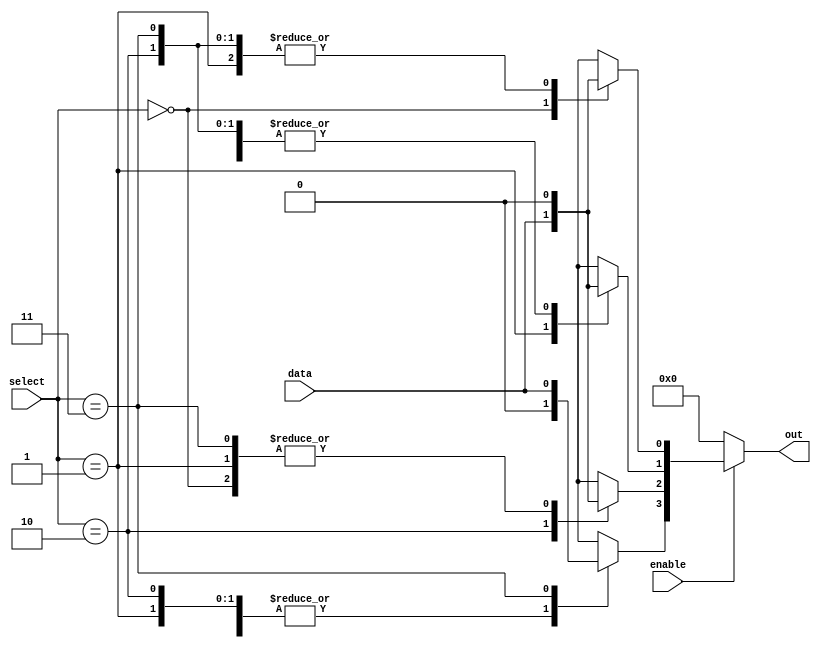
module param_demux #(parameter N = 4) (
    input wire data,
    input wire [$clog2(N)-1:0] select,
    input wire enable,
    output reg [N-1:0] out
);

    // Always block for combinational logic
    always @(*) begin
        // Initialize all outputs to zero
        out = {N{1'b0}}; // Set all output lines to inactive (zero)
        
        // Check if enable is asserted
        if (enable) begin
            case (select)
                0: out[0] = data;
                1: out[1] = data;
                2: out[2] = data;
                3: out[3] = data;
                // Add more cases if N > 4
                // The number of cases should match the parameter N
                default: out = {N{1'b0}}; // Default case (not necessary for defined select range)
            endcase
        end
    end

endmodule